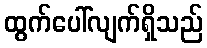
ထွက်ပေါ်လျက်ရှိသည်